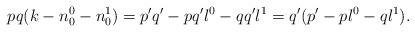
LaTeX: \begin{align*}pq(k - n_0^0 - n_0^1) = p'q' - pq'l^0 - qq'l^1 = q'(p' - pl^0 - ql^1). \end{align*}